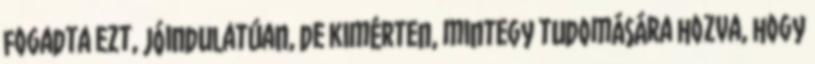
fogadta ezt, jóindulatúan, de kimérten, mintegy tudomására hozva, hogy